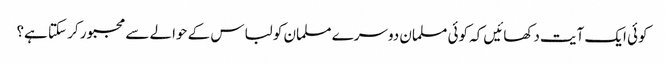
کوئی ایک آیت دکھائیں کہ کوئی مسلمان دوسرے مسلمان کو لباس کے حوالے سے مجبور کر سکتا ہے؟